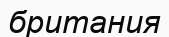
британия